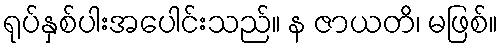
ရုပ်နှစ်ပါးအပေါင်းသည်။ န ဇာယတိ၊ မဖြစ်။